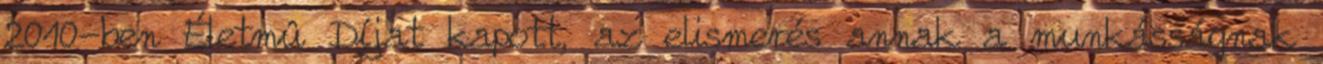
2010-ben Életmû Díjat kapott, az elismerés annak a munkásságnak